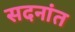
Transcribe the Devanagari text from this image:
सदनांत